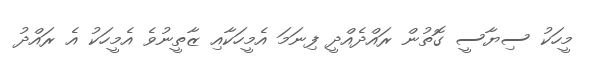
މީހަކު ސިޔާސީ ގޮތުން ރައްދެއްދީ ފިނަމަ އެމީހަކާއި ޒާތީނުވެ އެމީހަކު އެ ރައްދު